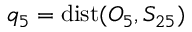
q _ { 5 } = \mathrm { d i s t } ( O _ { 5 } , S _ { 2 5 } )